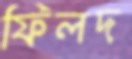
ফিলদ